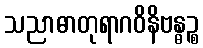
သညာဓာတုရာဂဝိနိဗန္ဓဉ္စ